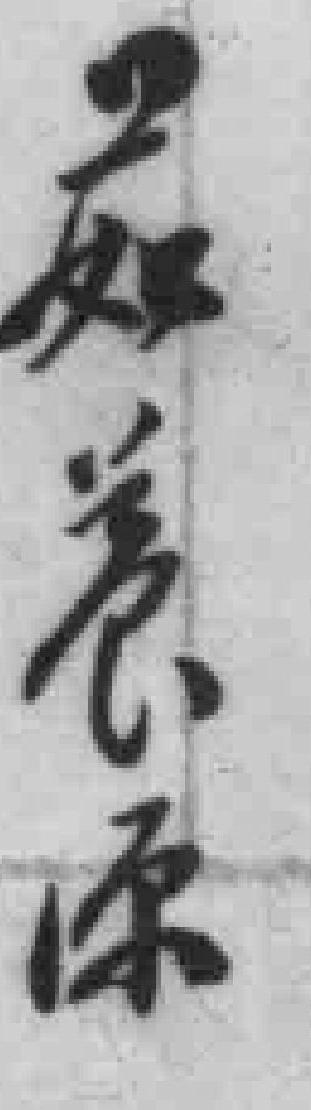
菇*